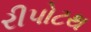
રીપોટથ